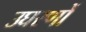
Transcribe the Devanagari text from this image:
उघरणों